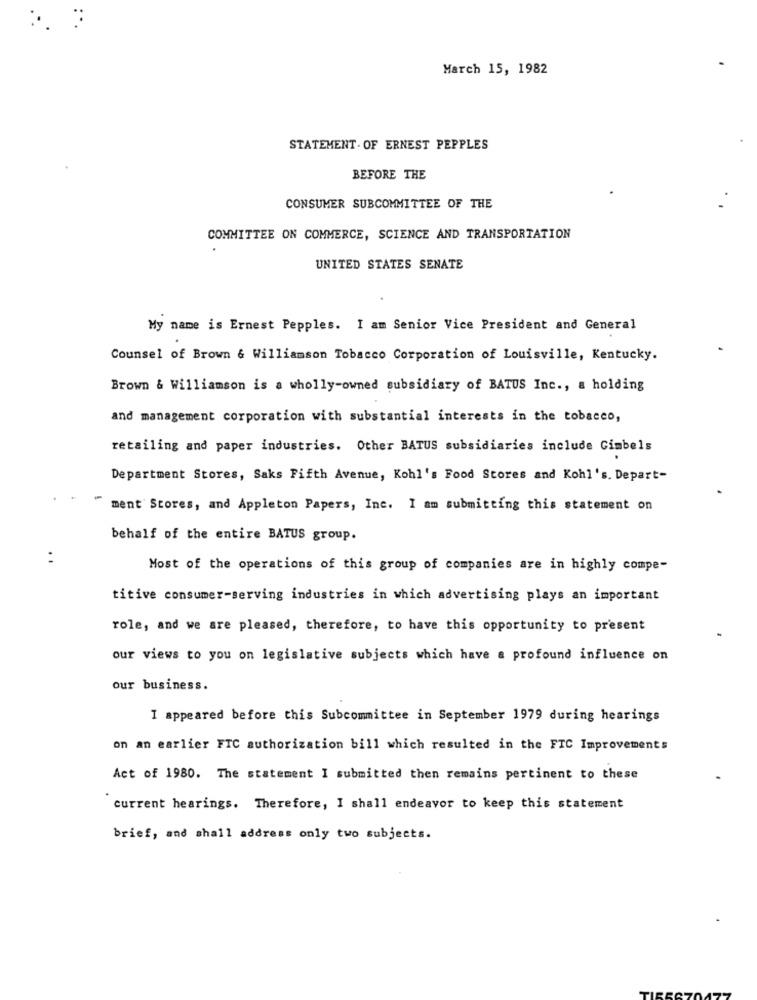
March 15, 1982
STATEMENT. OF ERNEST PEPPLES
BEFORE THE
CONSUMER SUBCOMMITTEE OF THE
COMMITTEE ON COMMERCE, SCIENCE AND TRANSPORTATION
UNITED STATES SENATE
My name is Ernest Pepples. I am Senior Vice President and General
Counsel of Brown & Williamson Tobacco Corporation of Louisville, Kentucky.
Brown & Williamson is a wholly-owned subsidiary of BATUS Inc ., a holding
and management corporation with substantial interests in the tobacco,
retailing and paper industries. Other BATUS subsidiaries include Gimbels
Department Stores, Saks Fifth Avenue, Kohl's Food Stores and Kohl's. Depart-
ment Stores, and Appleton Papers, Inc. I am submitting this statement on
behalf of the entire BATUS group.
. .
Most of the operations of this group of companies are in highly compe-
titive consumer-serving industries in which advertising plays an important
role, and we are pleased, therefore, to have this opportunity to present
our views to you on legislative subjects which have a profound influence on
our business.
I appeared before this Subcommittee in September 1979 during hearings
on an earlier FIC authorization bill which resulted in the FTC Improvements
Act of 1980. The statement I submitted then remains pertinent to these
current hearings. Therefore, I shall endeavor to keep this statement
brief, and shall address only two subjects.